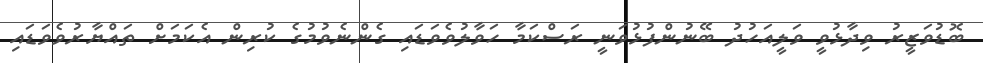
ބޮޑުވަޒީރު ވިދާޅުވީ ވަލީއަހުދު ބޭނުންފުޅުވަނީ ރަސްކަމާ ހަވާލުވެވަޑައި ގެންނެވުމުގެ ކުރިން އެކަމަށް ތައްޔާރުވެވަޑައި